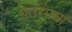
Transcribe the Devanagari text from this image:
पतरेंगवा